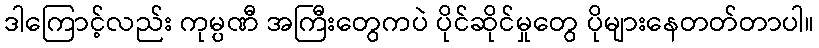
ဒါကြောင့်လည်း ကုမ္ပဏီ အကြီးတွေကပဲ ပိုင်ဆိုင်မှုတွေ ပိုများနေတတ်တာပါ။